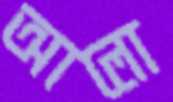
আলো